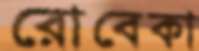
রোবেকা